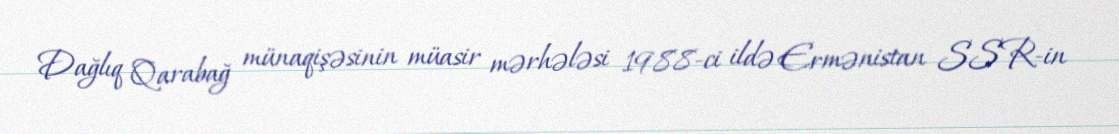
Dağlıq Qarabağ münaqişəsinin müasir mərhələsi 1988-ci ildə Ermənistan SSR-in